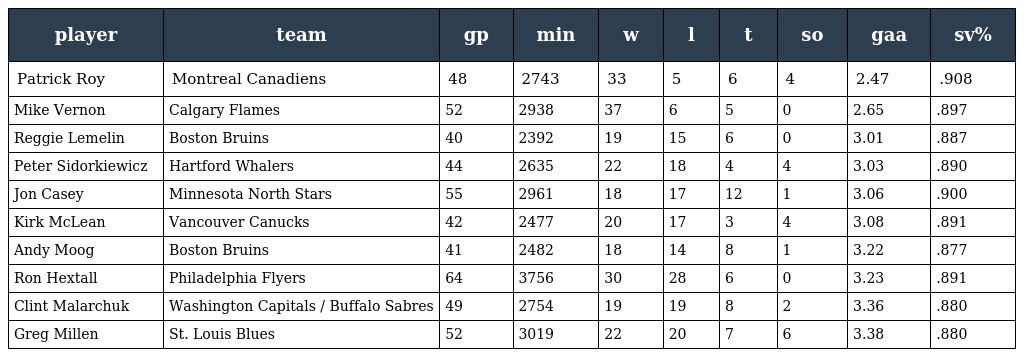
| player | team | gp | min | w | l | t | so | gaa | sv% |
 | --- | --- | --- | --- | --- | --- | --- | --- | --- | --- |
 | Patrick Roy | Montreal Canadiens | 48 | 2743 | 33 | 5 | 6 | 4 | 2.47 | .908 |
 | Mike Vernon | Calgary Flames | 52 | 2938 | 37 | 6 | 5 | 0 | 2.65 | .897 |
 | Reggie Lemelin | Boston Bruins | 40 | 2392 | 19 | 15 | 6 | 0 | 3.01 | .887 |
 | Peter Sidorkiewicz | Hartford Whalers | 44 | 2635 | 22 | 18 | 4 | 4 | 3.03 | .890 |
 | Jon Casey | Minnesota North Stars | 55 | 2961 | 18 | 17 | 12 | 1 | 3.06 | .900 |
 | Kirk McLean | Vancouver Canucks | 42 | 2477 | 20 | 17 | 3 | 4 | 3.08 | .891 |
 | Andy Moog | Boston Bruins | 41 | 2482 | 18 | 14 | 8 | 1 | 3.22 | .877 |
 | Ron Hextall | Philadelphia Flyers | 64 | 3756 | 30 | 28 | 6 | 0 | 3.23 | .891 |
 | Clint Malarchuk | Washington Capitals / Buffalo Sabres | 49 | 2754 | 19 | 19 | 8 | 2 | 3.36 | .880 |
 | Greg Millen | St. Louis Blues | 52 | 3019 | 22 | 20 | 7 | 6 | 3.38 | .880 |